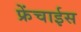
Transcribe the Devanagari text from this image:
फ्रेंचाईस